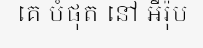
គេ បំផុត នៅ អឺរ៉ុប